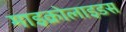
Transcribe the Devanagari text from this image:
माइक्रोलाइडस